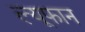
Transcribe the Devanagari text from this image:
ल्यूफान